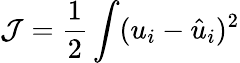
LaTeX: \mathcal{J}=\frac{1}{2}\int(u_{i}-\hat{u}_{i})^{2}